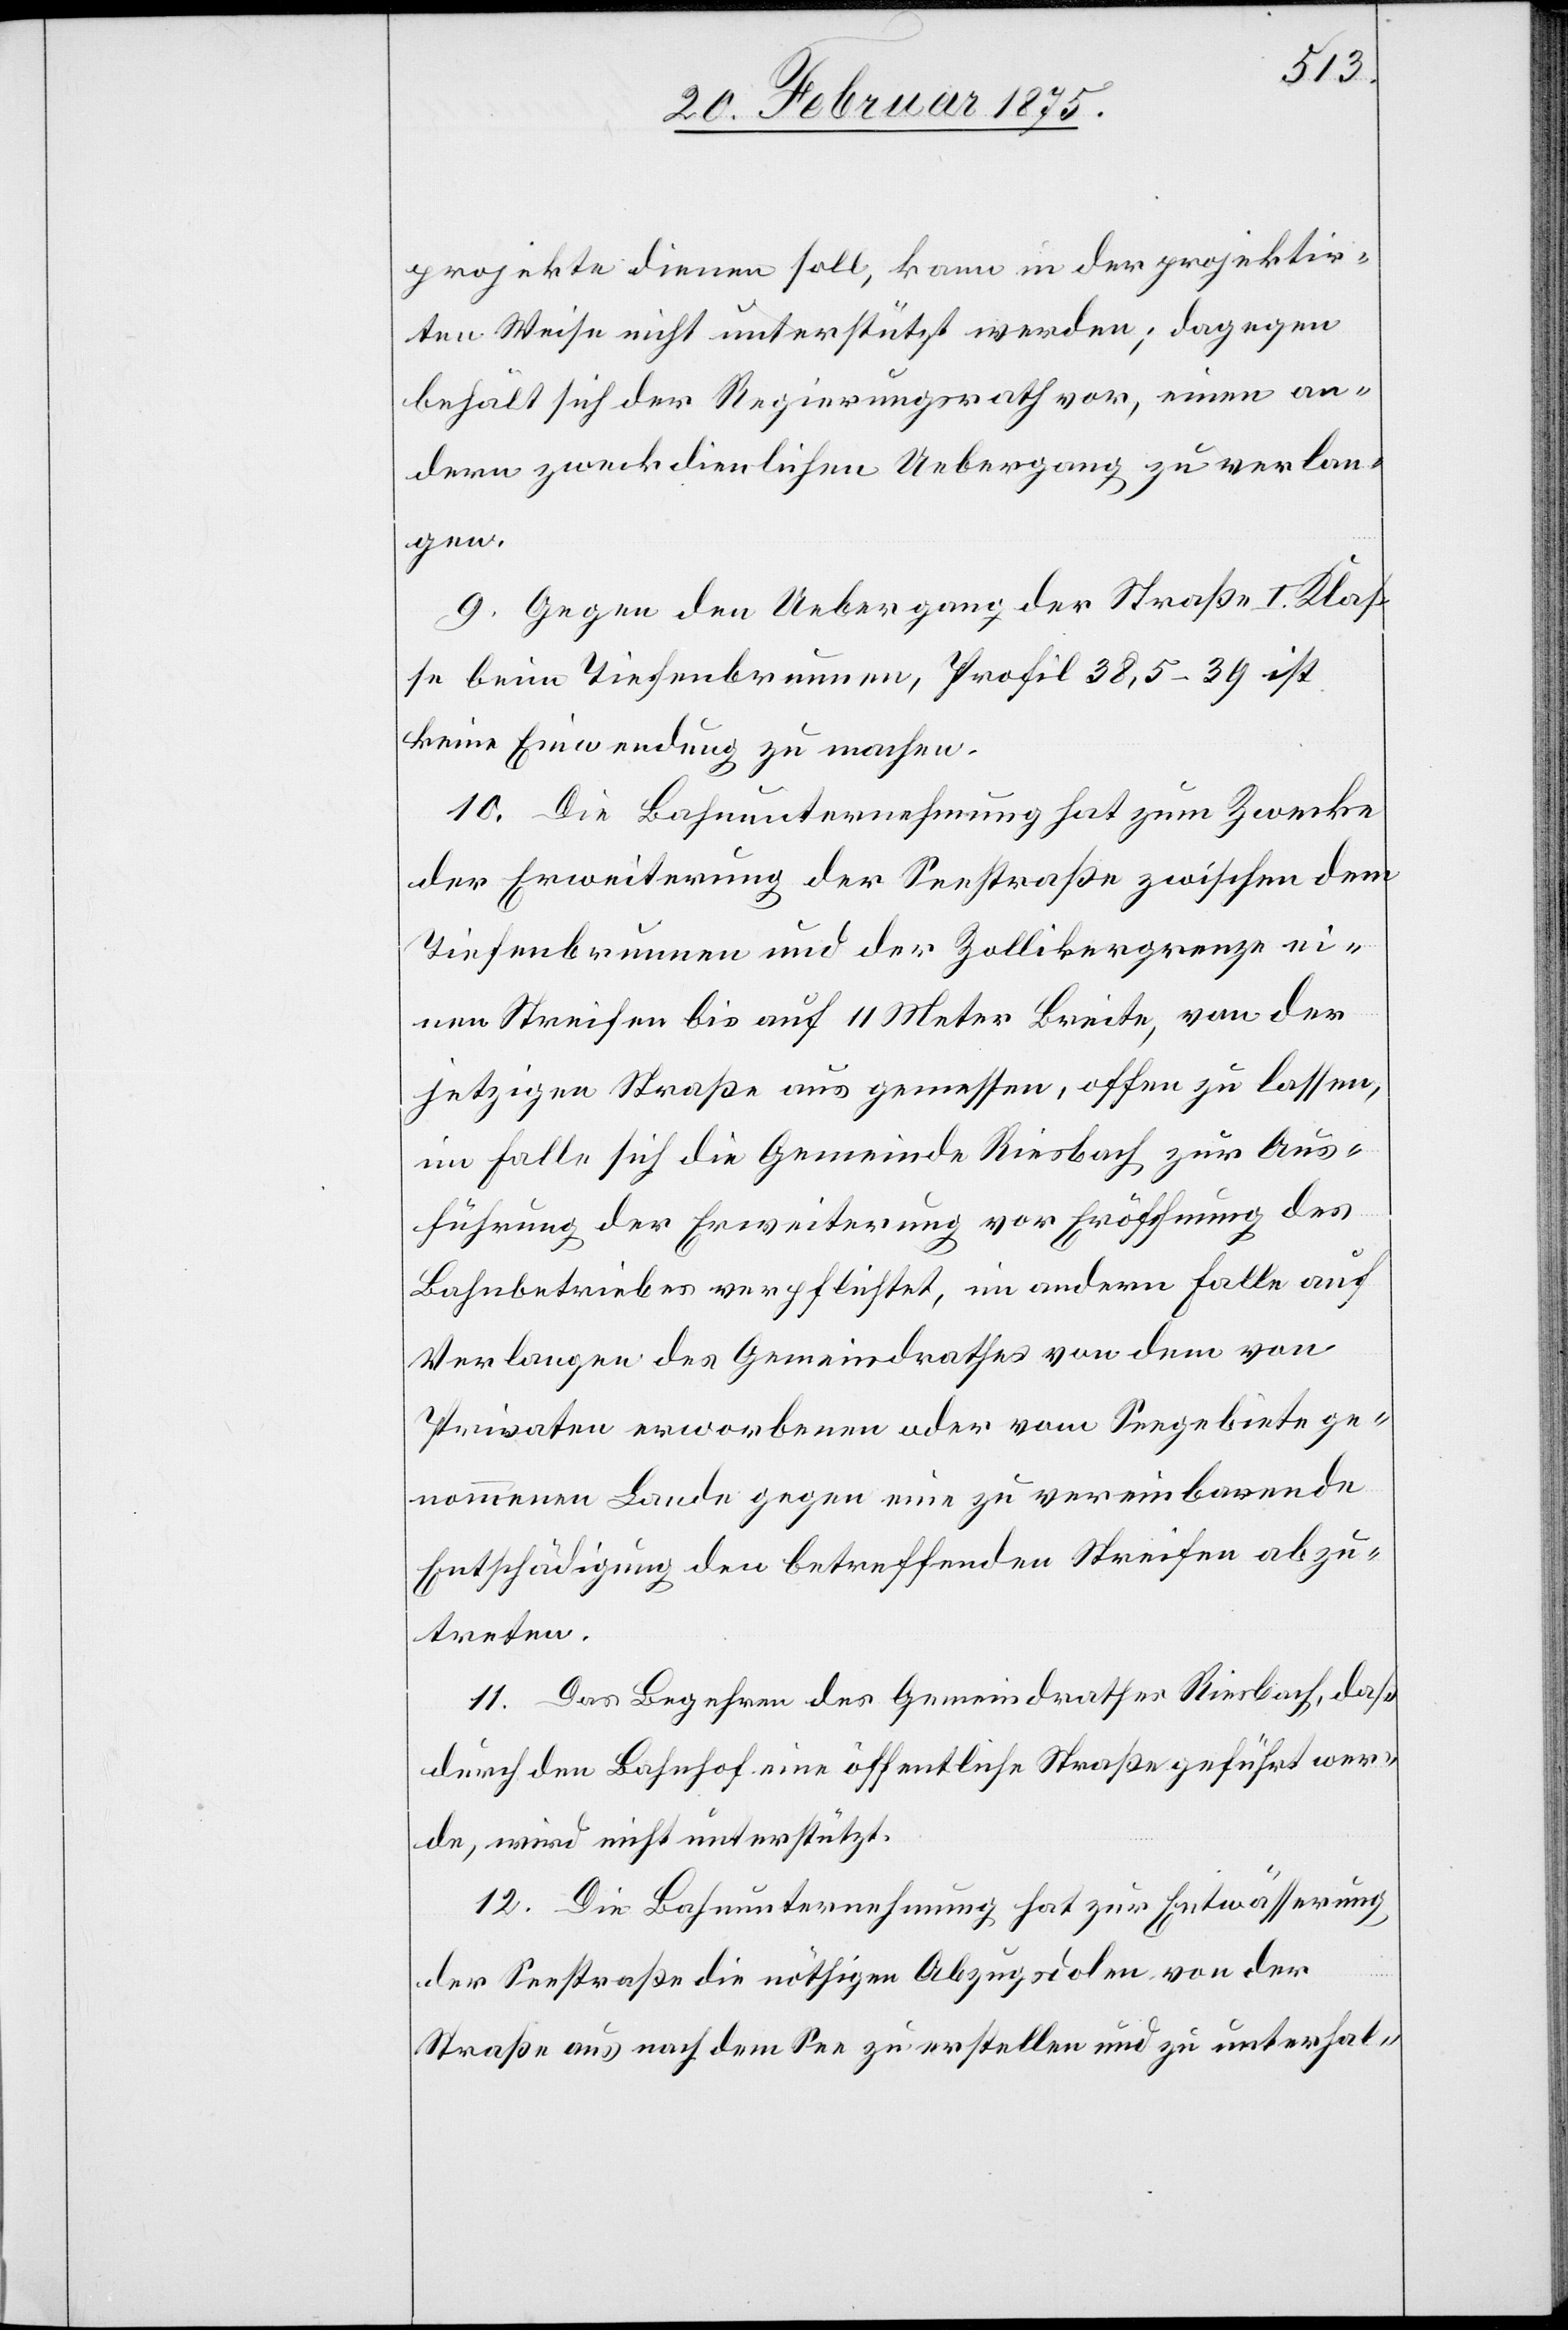
projekte dienen soll, kann in der projektir¬
ten Weise nicht unterstützt werden; dagegen
behält sich der Regierungsrath vor, einen an¬
dern zweckdienlichen Uebergang zu verlan¬
gen.
9. Gegen den Uebergang der Straße I. Klas¬
se beim Tiefenbrunnen, Profil 38,5–39 ist
keine Einwendung zu machen.
10. Die Bahnunternehmung hat zum Zwecke
der Erweiterung der Seestraße zwischen dem
Tiefenbrunnen und der Zollikergrenze ei¬
nen Streifen bis auf 11 Meter Breite, von der
jetzigen Straße aus gemessen, offen zu lassen,
im Falle sich die Gemeinde Riesbach zur Aus¬
führung der Erweiterung vor Eröffnung des
Bahnbetriebes verpflichtet, im andern Falle auf
Verlangen des Gemeindrathes von dem von
Privaten erworbenen oder vom Seegebiete ge¬
nommenen Lande gegen eine zu vereinbarende
Entschädigung den betreffenden Streifen abzu¬
treten.
11. Das Begehren des Gemeindrathes Riesbach, daß
durch den Bahnhof eine öffentliche Straße geführt wer¬
de, wird nicht unterstützt.
12. Die Bahnunternehmung hat zur Entwässerung
der Seestraße die nöthigen Abzugsdolen von der
Straße aus nach dem See zu erstellen und zu unterhal-